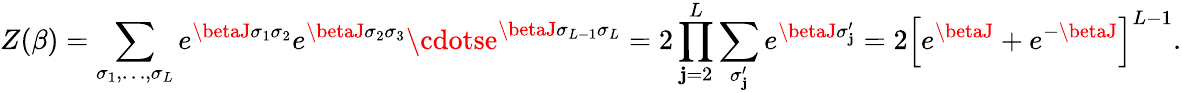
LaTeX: Z(\beta)=\sum_{\sigma_{1},\ldots,\sigma_{L}}e^{\betaJ\sigma_{1}\sigma_{2}}e^{\betaJ\sigma_{2}\sigma_{3}}\cdotse^{\betaJ\sigma_{L-1}\sigma_{L}}=2\prod_{\mathbf{j}=2}^{L}\sum_{\sigma_{\mathbf{j}}^{\prime}}e^{\betaJ\sigma_{\mathbf{j}}^{\prime}}=2\left[e^{\betaJ}+e^{-\betaJ}\right]^{L-1}.